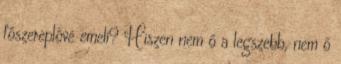
főszereplővé emeli? Hiszen nem ő a legszebb, nem ő